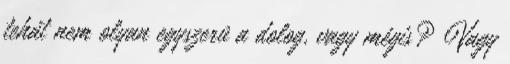
tehát nem olyan egyszerû a dolog, vagy mégis? Vagy